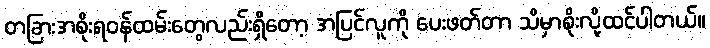
တခြားအစိုးရဝန်ထမ်းတွေလည်းရှိတော့ အပြင်လူကို ပေးဖတ်တာ သိမှာစိုးလို့ထင်ပါတယ်။